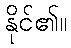
နိုင်၏။